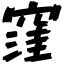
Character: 窪